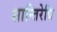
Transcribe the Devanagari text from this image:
शान्तिरेधि